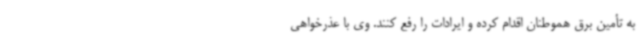
به تأمین برق هموطنان اقدام کرده و ایرادات را رفع کنند. وی با عذرخواهی